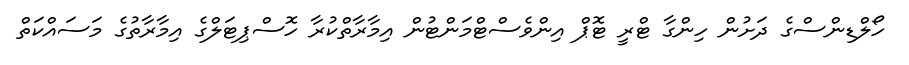
ހޯލްޑިންސްގެ ދަށުން ހިންގާ ޓްރީ ޓޮޕް އިންވެސްޓްމަންޓުން އިމާރާތްކުރާ ހޮސްޕިޓަލްގެ އިމާރާތުގެ މަަސައްކަތް